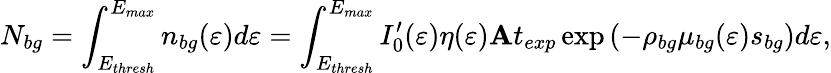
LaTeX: N_{bg}=\int_{E_{thresh}}^{E_{max}}n_{bg}(\varepsilon)d\varepsilon=\int_{E_{thresh}}^{E_{max}}I_{0}^{\prime}(\varepsilon)\eta(\varepsilon)\mathbf{A}t_{exp}\exp\left(-\rho_{bg}\mu_{bg}(\varepsilon)s_{bg}\right)d\varepsilon,